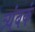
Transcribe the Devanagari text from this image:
त्र्यंबकं